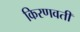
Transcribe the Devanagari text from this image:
किरणवती